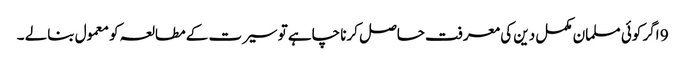
9 اگر کوئی مسلمان مکمل دین کی معرفت حاصل کرنا چاہے تو سیرت کے مطالعہ کو معمول بنالے ۔